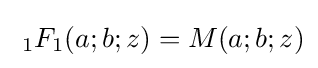
\;_{1}F_{1}(a;b;z)=M(a;b;z)